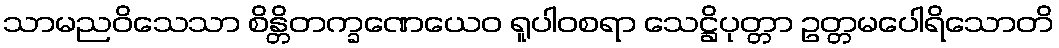
သာမညဝိသေသာ စိန္တိတက္ခဏေယေဝ ရူပါဝစရာ သေဋ္ဌိပုတ္တာ ဥတ္တမပေါရိသောတိ